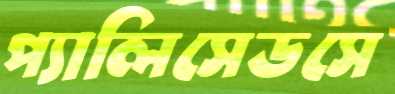
প্যালিসেডসে